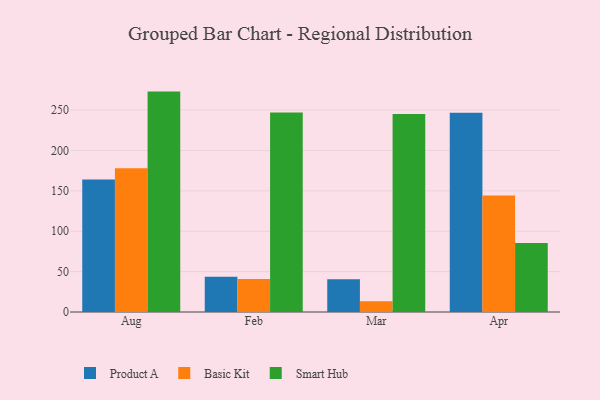
{"axis": {"x": "Month", "y": "Shipments"}, "legend": ["Basic Kit", "Product A", "Smart Hub"], "data": [{"x": "Aug", "y": 164.2, "type": "Product A"}, {"x": "Aug", "y": 178.1, "type": "Basic Kit"}, {"x": "Aug", "y": 272.9, "type": "Smart Hub"}, {"x": "Feb", "y": 43.8, "type": "Product A"}, {"x": "Feb", "y": 40.8, "type": "Basic Kit"}, {"x": "Feb", "y": 246.9, "type": "Smart Hub"}, {"x": "Mar", "y": 40.6, "type": "Product A"}, {"x": "Mar", "y": 13.4, "type": "Basic Kit"}, {"x": "Mar", "y": 245.3, "type": "Smart Hub"}, {"x": "Apr", "y": 246.8, "type": "Product A"}, {"x": "Apr", "y": 144.2, "type": "Basic Kit"}, {"x": "Apr", "y": 85.4, "type": "Smart Hub"}]}